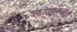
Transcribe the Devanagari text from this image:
शहरांपासुन